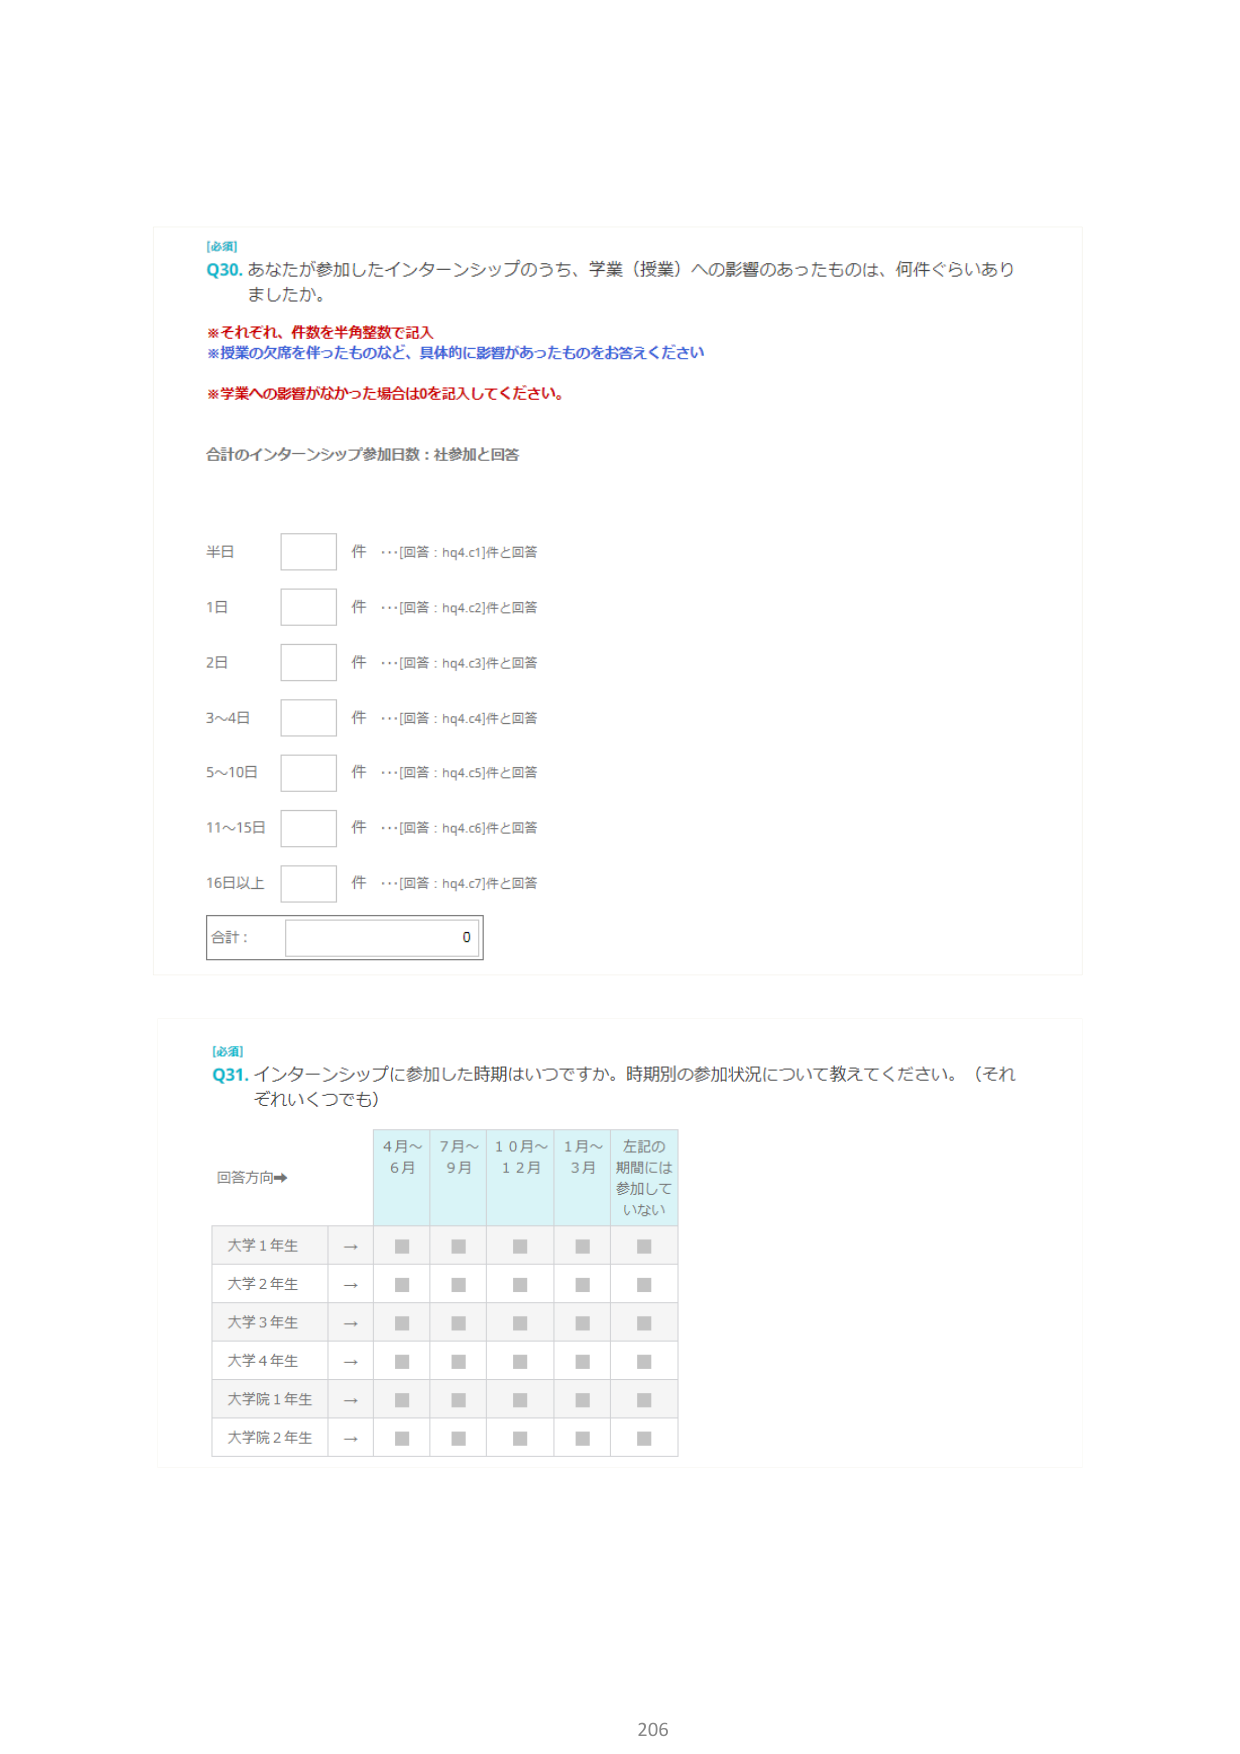
[必須]
Q30. あなたが参加したインターンシップのうち、学業（授業）への影響のあったものは、何件ぐらいありましたか。

※それぞれ、件数を半角整数で記入
※授業の欠席を伴ったものなど、具体的に影響があったものをお答えください
※学業への影響がなかった場合は0を記入してください。

合計のインターンシップ参加日数：社参加と回答

半日　　□　件　…[回答：hq4.c1]件と回答
1日　　□　件　…[回答：hq4.c2]件と回答
2日　　□　件　…[回答：hq4.c3]件と回答
3～4日　□　件　…[回答：hq4.c4]件と回答
5～10日　□　件　…[回答：hq4.c5]件と回答
11～15日　□　件　…[回答：hq4.c6]件と回答
16日以上　□　件　…[回答：hq4.c7]件と回答

合計：　□　0

[必須]
Q31. インターンシップに参加した時期はいつですか。時期別の参加状況について教えてください。（それぞれいくつでも）

回答方向→
　　　　　　4月～　7月～　10月～　1月～　左記の
　　　　　　6月　　9月　　12月　　3月　　期間には
　　　　　　　　　　　　　　　　　参加して
　　　　　　　　　　　　　　　　　いない

大学1年生　→　■　■　■　■　■
大学2年生　→　■　■　■　■　■
大学3年生　→　■　■　■　■　■
大学4年生　→　■　■　■　■　■
大学院1年生　→　■　■　■　■　■
大学院2年生　→　■　■　■　■　■

206